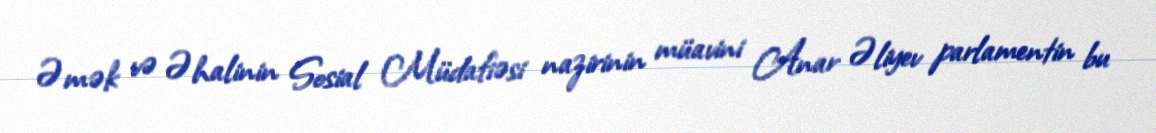
Əmək və Əhalinin Sosial Müdafiəsi nazirinin müavini Anar Əliyev parlamentin bu